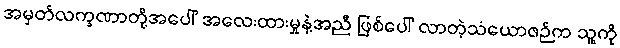
အမှတ်လက္ခဏာတို့အပေါ် အလေးထားမှုနဲ့အညီ ဖြစ်ပေါ် လာတဲ့သံယောဇဉ်က သူ့ကို